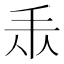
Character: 𢪐